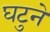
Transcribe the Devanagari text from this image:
घटुने